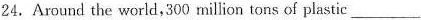
24.Around the werld,300 million tons of plastic ___